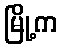
မြို့က